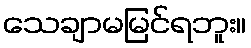
သေချာမမြင်ရဘူး။